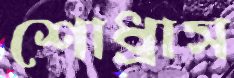
শোধ্‌রাস